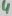
Text: 4